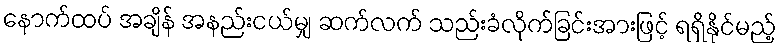
နောက်ထပ် အချိန် အနည်းငယ်မျှ ဆက်လက် သည်းခံလိုက်ခြင်းအားဖြင့် ရရှိနိုင်မည့်